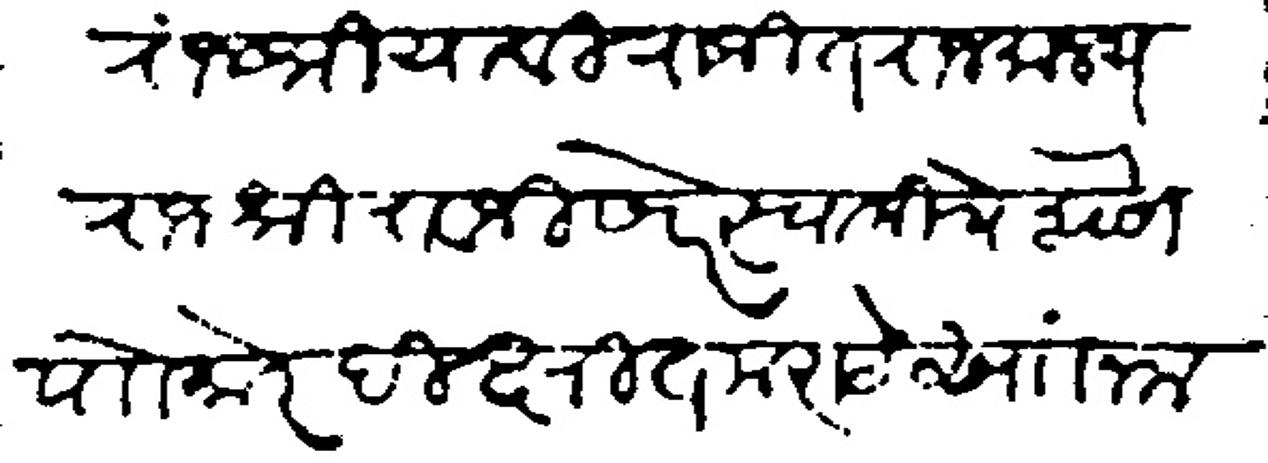
Transliteration (Devanagari): राजश्रीया विराजीत राजमान्य राजश्री रावजी खरे स्वामीचे शेवेसी पाो मोर दीक्षित मराठे साा नमस्कार